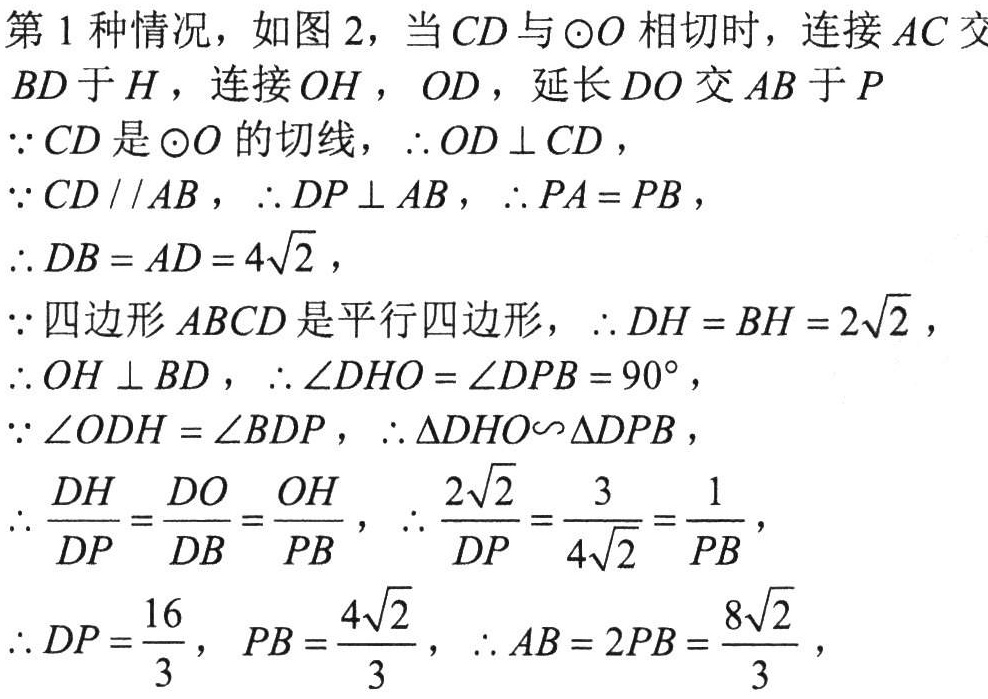
第 1 种情况，如图 2，当 \(CD\) 与 \(\odot O\) 相切时，连接 \(AC\) 交
\(BD\) 于 \(H\)，连接 \(OH\)，\(OD\)，延长 \(DO\) 交 \(AB\) 于 \(P\)
\(\because CD\) 是 \(\odot O\) 的切线，\(\therefore OD\perp CD\)，
\(\because CD\parallel AB\)，\(\therefore DP\perp AB\)，\(\therefore PA = PB\)，
\(\therefore DB = AD = 4\sqrt{2}\)，
\(\because\) 四边形 \(ABCD\) 是平行四边形，\(\therefore DH = BH = 2\sqrt{2}\)，
\(\therefore OH\perp BD\)，\(\therefore \angle DHO=\angle DPB = 90^{\circ}\)，
\(\because \angle ODH=\angle BDP\)，\(\therefore \triangle DHO\backsim\triangle DPB\)，
\(\therefore \frac{DH}{DP}=\frac{DO}{DB}=\frac{OH}{PB}\)，\(\therefore \frac{2\sqrt{2}}{DP}=\frac{3}{4\sqrt{2}}=\frac{1}{PB}\)，
\(\therefore DP=\frac{16}{3}\)，\(PB=\frac{4\sqrt{2}}{3}\)，\(\therefore AB = 2PB=\frac{8\sqrt{2}}{3}\)，